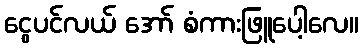
ငွေပင်လယ် အော် စံကားဖြူပေါ့လေ။